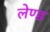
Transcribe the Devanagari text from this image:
लेण्ड